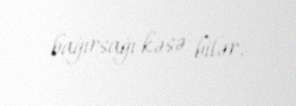
bağırsağı kəsə bilər.